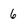
Character: 6